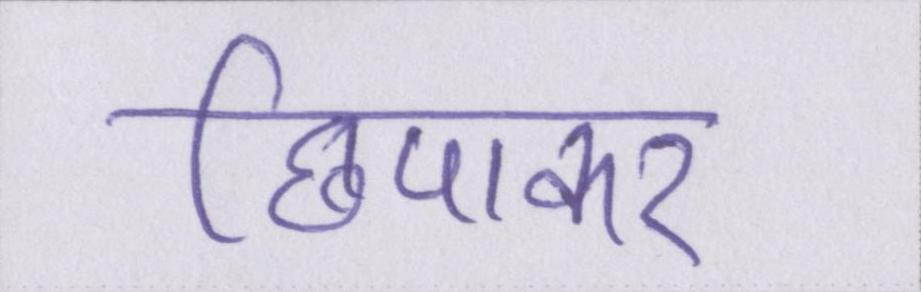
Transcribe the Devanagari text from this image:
छिपाकर